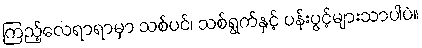
ကြည့်လေရာရာမှာ သစ်ပင်၊ သစ်ရွက်နှင့် ပန်းပွင့်များသာပါပဲ။